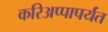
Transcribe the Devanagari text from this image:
करिअप्पापर्यंत